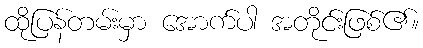
ထိုပြန်တမ်းမှာ အောက်ပါ အတိုင်းဖြစ်၏။